Calcutta medical institutions reports 1879-81 [i.e.91]
Year: 1879
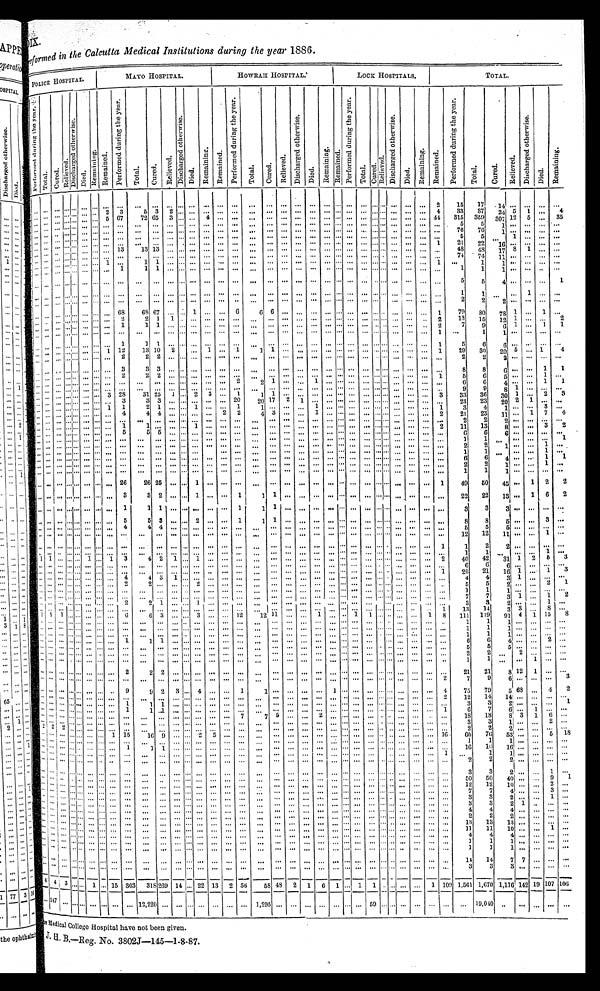
DIX.
performed in the Calcutta Medical Institutions during the year 1886.
P O L I C E H O S P I T A L .
MAYO HOSPITAL.
HOWRAH HOSPITAL.
LOCK HOSPITALS.
TOTAL.
P e r f o r m e d d u r i n g t h e y e a r .
T o t a l . Cured. R e l i e v e d .
D i s c h a r g e d o t h e r w i s e .
D i e d .
R e m a i n i n g . R e m a i n e d .
P e r f o r m e d d u r i n g t h e y e a r .
T o t a l . C u r e d .
R e l i e v e d .
D i s c h a r g e d o t h e r w i s e .
D i e d .
R e m a i n i n g . R e m a i n e d .
P e r f o r m e d d u r i n g t h e y e a r .
T o t a l . Cured. R e l i e v e d .
D i s c h a r g e d o t h e r w i s e .
D i e d .
R e m a i n i n g . R e m a i n e d .
P e r f o r m e d d u r i n g t h e y e a r .
Total.
Cured.
R e l i e v e d .
D i s c h a r g e d o t h e r w i s e .
D i e d .
R e m a i n i n g . R e m a i n e d .
P e r f o r m e d d u r i n g t h e y e a r .
Total. Cured.
R e l i e v e d .
D i s c h a r g e d o t h e r w i s e .
Died.
R e m a i n i n g .
.............................................................................................2
15 17 14 ... ... ... ...
... ..................2 3 5 3 2 ...... ... ................................................4
33 37 24 5 1 ... 4
..................... 5 67
72 65 3 ... ...4 ... ... .„ ... ... ... ... ... ... ... ... ... ... ... ... ... 44 315 359 307 12 5 ... 35
................................................................................................ 5
5 1 ............
.............................................................................. ... ... ... ... ... ...
76 76 1 ... .........
...... ... ... ... ... ... ... ... ... ... ... ... ... ... ... ... ... ... ... ... ... ... ... ... ... ...... ... ... ... ...
5
5 ...1 .........
........................................................................... ... ... ... ...... ... 1
21 22 16............
...... . . . ....... ... ......1313 13.............................. ... ... ... ... ... ... ... ... ... ... ... 48 78 48 17
8 1 ... ...
......... ...... ... ... ... ... ... ... ... ... ... ... ... ... ... ... ... ... ... .................. ... ... ... ...74 74 11 ............
... ... ... ............ 1 ...
1 1 ... .........................................................1 ...
1
1 ... ... ... ...
........................ 1 1 1 ............................................................... 1 1 1 ............
...... ... ...... ... ... .............................................................................. 5
5 4 ......... 1
...... ... ...... ............ ... ... ... ... ...... ... .............................. ... ... ... ... ... ......
1 1 ......1 ......
... ...
... ... ... .. ... .............................................................................. 2
2 2 ... .........
........................ 68
69 67 ... ... 1 ... ... 6
6 6 ... ... ... ... ...... ... ... ... ... ... ... 1
79 80 78 1 ... 1 ...
........................ 2 2 1 1 ....................................... ... ... ...... ...... ... 2
13 15 1 2 1 ... ... 2
........................ 1 1 1 ............................................................2
7
9 6
1
...1
1
... ... ... ...... ... ... ... ... ... ... ... .........................................................1 ...
1
1 ... ... ......
......... . . ............. 1 1 1 ......................................... ... ...... ... ... ... 1
5
6
6 ............
... ... ... ... ... ... ... 1 12
13 10 2 ... ... 1 ...1 1 1 ....................................1
29 30 20 5 ... 1
4
........................ 2
2 2 ... ... ................................................... ... ...
2
2 2 ............
...... ... ...... ... ... ... 3
3 3 ... ............................................................
8
8
6 ... ... 1 1
. . . ...... ... ... ... ... ... 2 2 2 ............................................................1
5
6
5 ... ...1 ...
................................................ 2 2 1 ......1 ........................... ...
6 6 4 ...... 1 1
.................. ... ... ... ... ... ... ... ... ... ... ... ... ... ... ... ... ... ... ... ... ... ... ... ... ... ...
9
9 8 1 .........
... ... ... ... ... ... ... 3 28
31 25 1 ... 2 3 ... 1
1 1 ... ... ... ... ... ... ... ...... ... ... ... 3
33 36 30 1 ... 2 3
. . . ... ... ............... 3 3 3 ...............20 20 17 2 1 ... ... ... ... ...... ... ... ... ... ...
23 23 20 2 1 ... ...
... ... ... . . . ... ... ... 1 1
2 1 .., ... 1 ... ... 1 1 .........1 ...........................1
3
4 1 ......3 ...
... ... ... ...... ... ... ... ... 4
4 4 ... ... ... ... 2 2 4 3 ......1 ...........................2
21 23 11 ... 1 7 4
........................ ... ........................ ... ... ... ... ... ... ...........................
2
11
2
13 2 ...... 3 2
...... ......... ... ... ... 1 1 .........1 .............................. ... ... ... ... ... ... ... ...
6
6
6 ............
........................5 5 5 ....................................... ... ... ... ... ... ... ......
1
1 ............ 1
. . . ... ... ............................................................... ... .....................
2
2
1 ... ... 1 ...
................................................................................................
1
1 ... ... ... 1 ...
................................................................................................
6
6
4 ... ... 1 1
........................................................................ ... ... ... ... ... ... ... ...
2
2
1 ... ... 1 ...
.............................................................................. ... ... ... ... ... ...
1
1
1 ... ... ... ...
...... ... ....... ... ... ... 26 26 25......1 ...
............................................. ... 1
49 50 45 ... 1 2 2
... ... ... ...... ... ... ... 3
3 2 ... ... 1 ... ... 1 1 1 ................................. ... ...
22 22 13 ... 1 6 2
. . . ..................... 1 1 1 ...............1 1 1 .......................................
3
3 3 ............
........................ 5
5 3 .., ... 2 ... ... 1
1 1 .......................................
8
8
5 ... ... 3 ...
..................... ... 4 4 4 ...............................................................
5
5
5 ... ... ......
........................................................................... ... ... ...... ... ... ... ...
12 12 11 ... ... 1 ...
... ........................................................................ ... ...............1
1
2 2 ...... ......
........................................ ... ... ... ... ... ... ... ... ... ... ... ... ... ... ... ... ... ... ...
1
1 ......
... 1 ...
1 1 ... ...... 1 ... 1 3 4 2 1 ... 1 .................................................. 2
40 42
31 1 2 5
3
... ... ...... ... .......................................... ... ... ... ... ...... ... ...... ... ... ... ...
6
6
6 ... ... ... ...
... ... ... ...... ... ... ... ... ... ... ... ... ... ... ... ... ... ... ... ... ... ... ...... ... ...............1
20 21 16 1 ... 1 3
... ... ... ...... ... ... ... 4 4
3 1 ............................................................
4
4
3 1
... ... ...
... ... ... ............... 2
21 ......1 ... ...................................................
5
5 2 ...
... 2 1
...... ... ........................ ... ... ... ... ... ... ... ........................... ... ... ... ......
1
1 1 ...... ......
...... ... ...... ............................................................ ... ... ... ...
„, ... ... ...
...
7
7
3 1 ... 1
2
... ... ... ...... ......... 2 2 1 ......1 ............................................. ... ... ...
3
32 ...... 1...
...... ... ... ... ... ...... ... ... ............................................. ... ... ...... ... ... 1
13 14
3 3
... 8 ...
1 1 1 ............ ... 6 6 3 ......3 ......1212 11......1 ......1
1 ...... ... ...1
8 111 119 91 4 1 15 8
... ... ... . . . . . . . . ... ..................................................................... ... ... ... ...
1
1 1 ... ... ......
...... ... ... ... ................................................ ... ... ......... ... ... ... ... ... ...
1
1 1 ... ... ......
...... ... ...... ...
...
...
...
...
...
... ... ... ... ... . . . • ... ... ... ... ... ... ... ... ... ... ... ... ...... ...
... ...
-
...
•••
1
6
1
6
1
. . . . . . . . . ...
... . .
...
•••
.....
••• ... ... ... ... 1 1 1 ...
•••
...
•••
...
...
...
•••
...
••• ...
...
...
... ... ... ... ...
...... ... ... ... ... ... ......
6
2
6
2
4
. . . . . . 2
...
... ... ... ......... ... ... ... ... ... ... ... ... ... ... ... .., ... ... ... ... ... ... ... ... ... ... ... ... ......
5
5 5 ... ... ... ...
...... ... ............ ... ...
... ... ... ... ............................................. ... ... ... ...
2 2
... 2 ... ... ...
............................................................................................. ...
1
1
... ... 1 ... ...
....................... 2
2 2 ... ... ... ... ... ... ............................................. 21 21
8 12 1 ... ...
.................................................................. ... ... ... ... ...... ... ... ... 2
7 9 6 ... ... ... 3
........................9 9 2 3 ...4 ... ... 1 1 ... ... ... ... 1 ... ... ... ... ... ... ... ...4
75
79
5 6 8 . . . 4
2
... ... ......... .... ... ... ... ................................................................. 2
12
14
14 ... ... ...
...
. . . ... ... ...... ... ... ... 1 1 1 ... ... ... ... ... ...
... ... ... ... ... ... ............... ... ... ... ... 3 3
2 ... ... ... 1
........................1 1 1 ....................................... ... ... ... ... ... ... ... 1
6
7
6 ... 1 ... ...
... ........................ ... ............
... 7 7
5 ... ... 2 ... ... ... ... ... ..
. . .
...
...
...
...
... ... 18
18 8 3 1 6 ...
........................ ... ...................................................... . . . ... ...... ...
3
31 . . . . . . 2
...
2 2 2 ..................
... ... ... ................................................... ... ... ...
2 2 2 ... ... ... ...
. . . ... ... ...... ... ... 1 15 16 9 ... ...2 5
...
... ... ... ... ... ... ... ... ... ...... ... ... ...... 1660
7653 . . . . . . 5
18
... ... ... ... ...... ... ..............................................................................1 1
1 ... ... ......
. . . ... ... ...... ... ... 1 1
1 ... ... ... .., ... ... ... ... ........................ ... ... ... ... ... ...16 16
16
. . . . . . . . . ...
... ... ... ......... ... ... ... ... ... ... .................. ... ... ............... ......... ... ... ... 1
... 1 1 1 ... ... ...
...
................................................................................... ... ... ... ... 2 2 2 ... ... ... ...
...... ... ...... ......... ... ... ... ... ... ... ... ... ... ... ... ... ... ... ... ... ... ... ... ... ... ... ... ...3 3
2 . . . . . . 1
...
... ... ... ...... ... ...... ... ... ... ... ......... ... ... ... ... ... ... ... ... ... ... ............ ... ... ...50 50
40
. . . . . . 9
1
...... ... ... ... ... ... ... ... ... ... ... ... ... ... ... ... ... ...... ... ... ... ... ... ... ... ... ... ... ... ... 12 12
10 . . . . . . 2
...
... ...... .......................................................................................7 7
4 ... ... 3...
... ... ......... ... ...... ... ... ... ... ... ... ... ... ...... ... ...... ...... ...... ... ..................3 3
2... ... 1...
...... ... ...... ... ... ... ... ... ... ... ... ... ... ... ... ... ... ... ... ... ... ... ... ... ... ... ...
... ... ... 3 3 2 1 ... ... ...
...... ...... ... ... ... ... ... ... ... ... ... ... ... ... ... ... ... ... ... ... ... ... ... ... ... ... ... ... ... ... 4 4
4 ... ... ... ...
........................ ... ... ... ...............................................................
1
1
1... ... ... ...
................................................................................................
1
1
1 ... ... ... ...
... ... ... .................................................................. ... ... ... ... ... ... ... 14 14
7 7 . . . . . .
...
............
... ... ... ... ... ... ... ... ... ... ... ... ... ... ... ... ... ... ... ... ... ... ... ... ... ... ... ...
3
3 3 ... ... ......
4 4 3 ... ... 1 ... 15 303 318 269 14 ... 22 13 2 56 58 48 2 1 6 1 ... 1 1 . . . ... ... ... 1 109 1,561 1,670 1,116 142 19 107 106
... 147 ... ... ... ... ... ... ... 12,220 ... ... ... ............1,295......
...
............59...
...... ... ...
... ...
19,040
...
... ... ... ...
Medical College Hospital have not been given.
J. H. B.—Reg. No. 3802J—145—1-8-87.